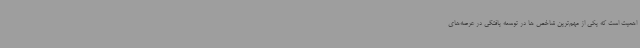
اهمیت است که یکی از مهم‌ترین شاخص ها در توسعه‌ یافتگی در عرصه‌های